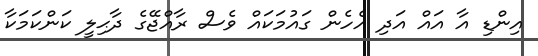
އިންޑި އާ އައް އަދި އެހެން ގައުމަކައް ވެސް ރާއްޖޭގެ ދާޙިލީ ކަންކަމަކާ